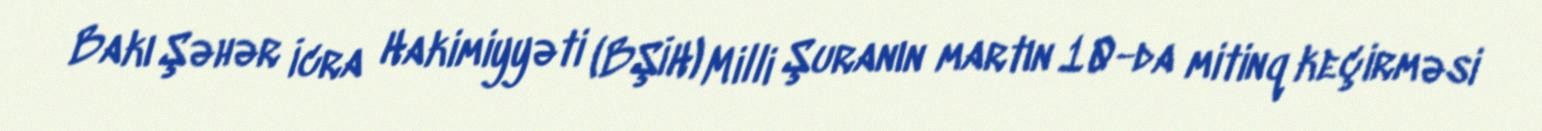
Bakı Şəhər İcra Hakimiyyəti (BŞİH) Milli Şuranın martın 10-da mitinq keçirməsi